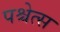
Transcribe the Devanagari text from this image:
पश्चेत्स